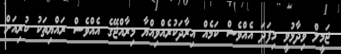
ޖަމީލް ވިދާޅުވީ މިފަދަ އެއްވެސް ކަމެއް އިރާދަކުރެއްވިއްޔާ މިރާއްޖޭގެ އެއްވެސް ރައްޔިތަކު ކުރިއަށް